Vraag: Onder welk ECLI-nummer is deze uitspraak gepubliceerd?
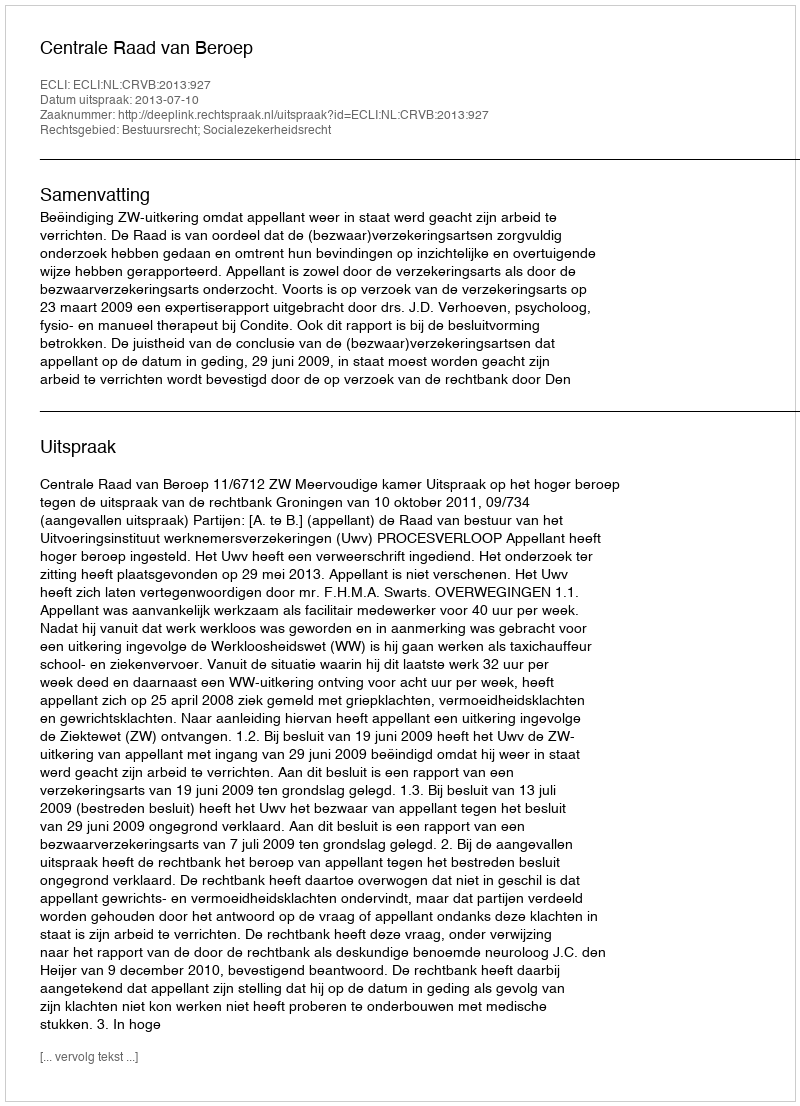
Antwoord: ECLI:NL:CRVB:2013:927